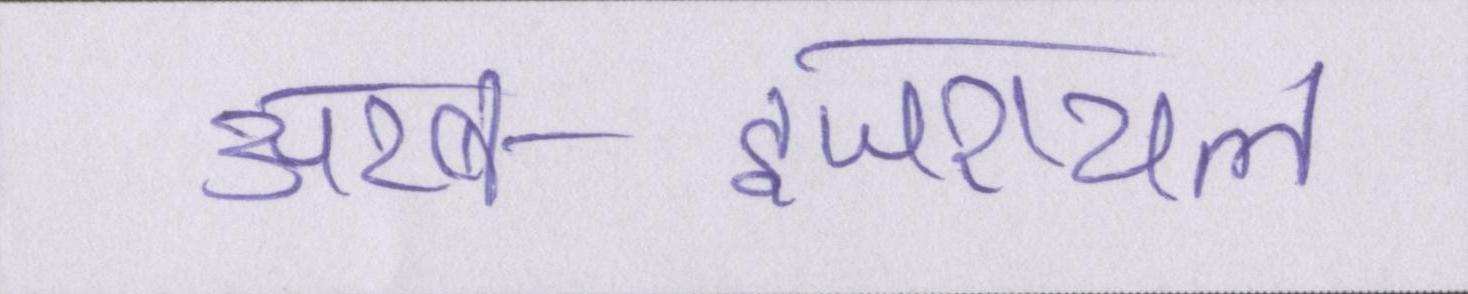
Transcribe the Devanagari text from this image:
अरब-इजरायल